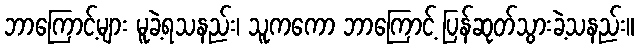
ဘာကြောင့်များ မူခဲ့ရသနည်း၊ သူကကော ဘာကြောင့် ပြန်ဆုတ်သွားခဲ့သနည်း။